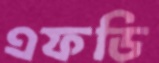
এফডি